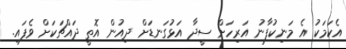
އެކަމަކު އެ މަނިކުފާނު އަރިހަށް ސީދާ އަޅުގަނޑަށް ދިއުން އޮތީ ދައްޗަކަށް ވެފައި.